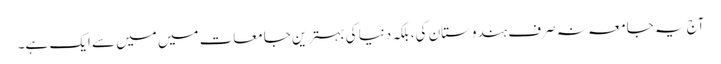
آج یہ جامعہ نہ صرف ہندوستان کی، بلکہ دنیا کی بہترین جامعات میں میں سے ایک ہے۔